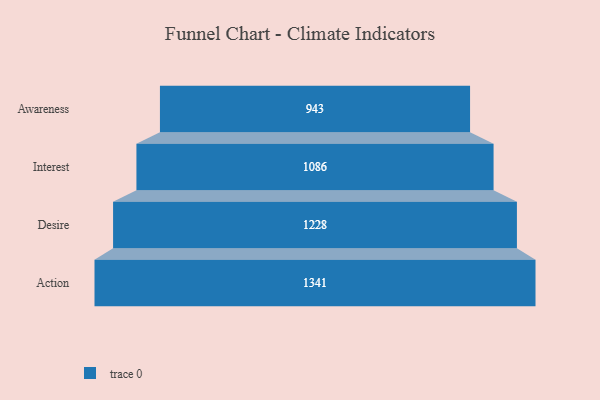
{"axis": {"x": "Stage", "y": "Value"}, "legend": [""], "data": [{"x": "Awareness", "y": 943.0, "type": ""}, {"x": "Interest", "y": 1086.0, "type": ""}, {"x": "Desire", "y": 1228.0, "type": ""}, {"x": "Action", "y": 1341.0, "type": ""}]}